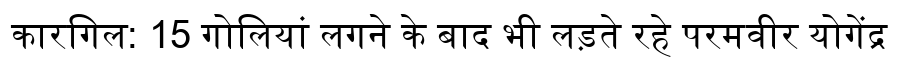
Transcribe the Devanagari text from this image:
कारगिल: 15 गोलियां लगने के बाद भी लड़ते रहे परमवीर योगेंद्र